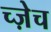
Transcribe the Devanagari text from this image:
च्ज़ेच